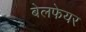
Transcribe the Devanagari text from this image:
बेलफेयर